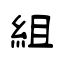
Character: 組